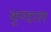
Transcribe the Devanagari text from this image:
कुण्डाल